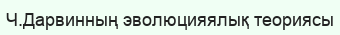
Ч.Дарвинның эволюцияялық теориясы